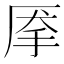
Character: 𰓙